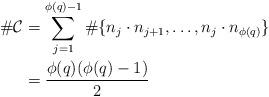
LaTeX: \begin{align*}\# \mathcal{C}&=\sum \limits_{j=1}^{\phi(q)-1}\# \{n_j\cdot n_{j+1},\ldots, n_j\cdot n_{\phi(q)}\} \\&=\frac{\phi(q)(\phi(q)-1)}{2}\end{align*}